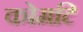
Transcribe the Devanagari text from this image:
कोमटि